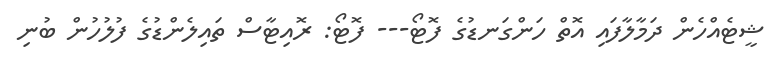
ޝީޓެއްހެން ދަމާލާފައި އޮތް ހަންގަނޑުގެ ފޮޓޯ--- ފޮޓޯ: ރޮއިޓާސް ތައިލެންޑުގެ ފުލުހުން ބުނި